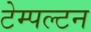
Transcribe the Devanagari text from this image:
टेम्पल्टन